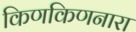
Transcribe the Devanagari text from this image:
किणकिणनारा